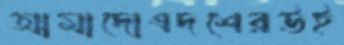
আমাদোএদশেরউই